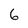
Character: 6